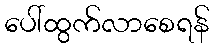
ပေါ်ထွက်လာစေရန်